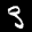
Label: 3